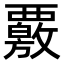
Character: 覈